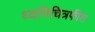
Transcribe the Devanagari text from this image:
ध्वनिचित्रफीत